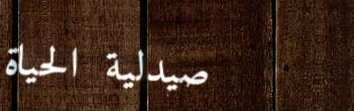
صيدلية الحياة